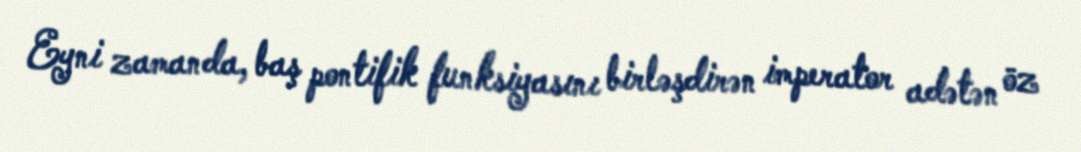
Eyni zamanda, baş pontifik funksiyasını birləşdirən imperator adətən öz